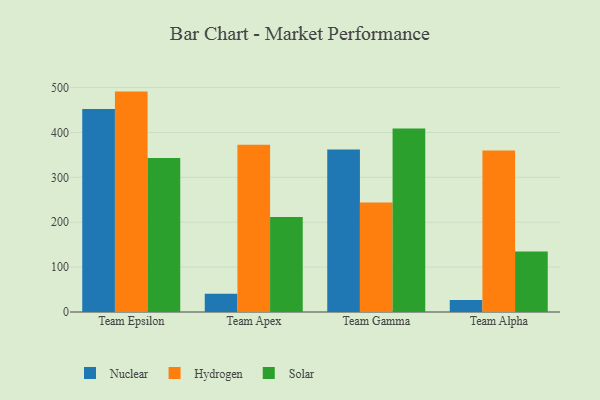
{"axis": {"x": "Team", "y": "Waste Production (Tons)"}, "legend": ["Hydrogen", "Nuclear", "Solar"], "data": [{"x": "Team Epsilon", "y": 452.2, "type": "Nuclear"}, {"x": "Team Epsilon", "y": 491.0, "type": "Hydrogen"}, {"x": "Team Epsilon", "y": 342.8, "type": "Solar"}, {"x": "Team Apex", "y": 40.5, "type": "Nuclear"}, {"x": "Team Apex", "y": 372.5, "type": "Hydrogen"}, {"x": "Team Apex", "y": 211.4, "type": "Solar"}, {"x": "Team Gamma", "y": 362.1, "type": "Nuclear"}, {"x": "Team Gamma", "y": 243.8, "type": "Hydrogen"}, {"x": "Team Gamma", "y": 409.0, "type": "Solar"}, {"x": "Team Alpha", "y": 26.9, "type": "Nuclear"}, {"x": "Team Alpha", "y": 359.8, "type": "Hydrogen"}, {"x": "Team Alpha", "y": 134.9, "type": "Solar"}]}